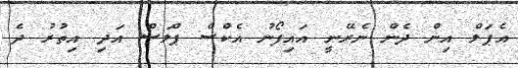
އެޕަލް އިން ދެން ނެރޭނީ އައިފޯނު އެކްސް ޕްލަސް އަދި އިތުރު ދެ